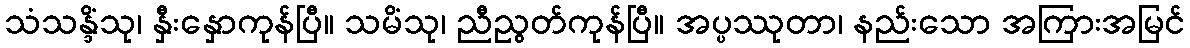
သံသန္ဒိံသု၊ နှီးနှောကုန်ပြီ။ သမိံသု၊ ညီညွတ်ကုန်ပြီ။ အပ္ပဿုတာ၊ နည်းသော အကြားအမြင်